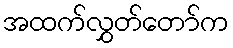
အထက်လွှတ်တော်က